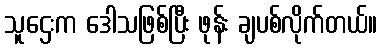
သူဌေးက ဒေါသဖြစ်ပြီး ဖုန်း ချပစ်လိုက်တယ်။